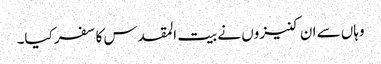
وہاں سے ان کنیزوں نے بیت المقدس کا سفر کیا۔